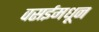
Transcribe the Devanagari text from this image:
वसईमधून